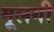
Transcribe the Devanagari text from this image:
मूलगी